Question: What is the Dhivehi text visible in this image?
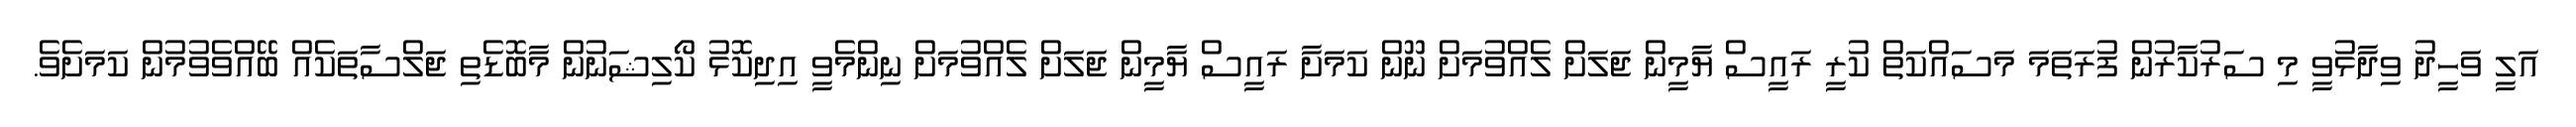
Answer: އަލީ ވަހީދު ވިދާޅުވީ މި ސަރުކާރުން ފުރަތަމަ މަސައްކަތް ކުރީ ރައީސް ޔާމީން ޖަލަށް ލެއްވުމަށް ނޫން ކަމަށާ ރައީސް ޔާމީން ޖަލަށް ލެއްވުމަށް ނިންމެވީ އިދިކޮޅު ކޯލިޝަނުން މާބޮޑެތި ޖަލްސާތަކެއް ބޭއްވެވުމުން ކަމަށެވެ.